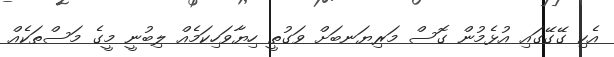
އެކި ގޭގޭގައި އުޅެމުން ގޮސް މަރިޔަނބަށް ވަގުތީ ހިޔާވަހިކަމެއް ލިބުނީ މީގެ މަސްތަކެއް